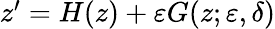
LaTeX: \begin{array}{r}{z^{\prime}=H(z)+\varepsilon G(z;\varepsilon,\delta)}\end{array}